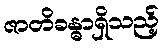
ဇာတိခန္ဓာရှိသည့်